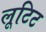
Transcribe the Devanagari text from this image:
लूटिट